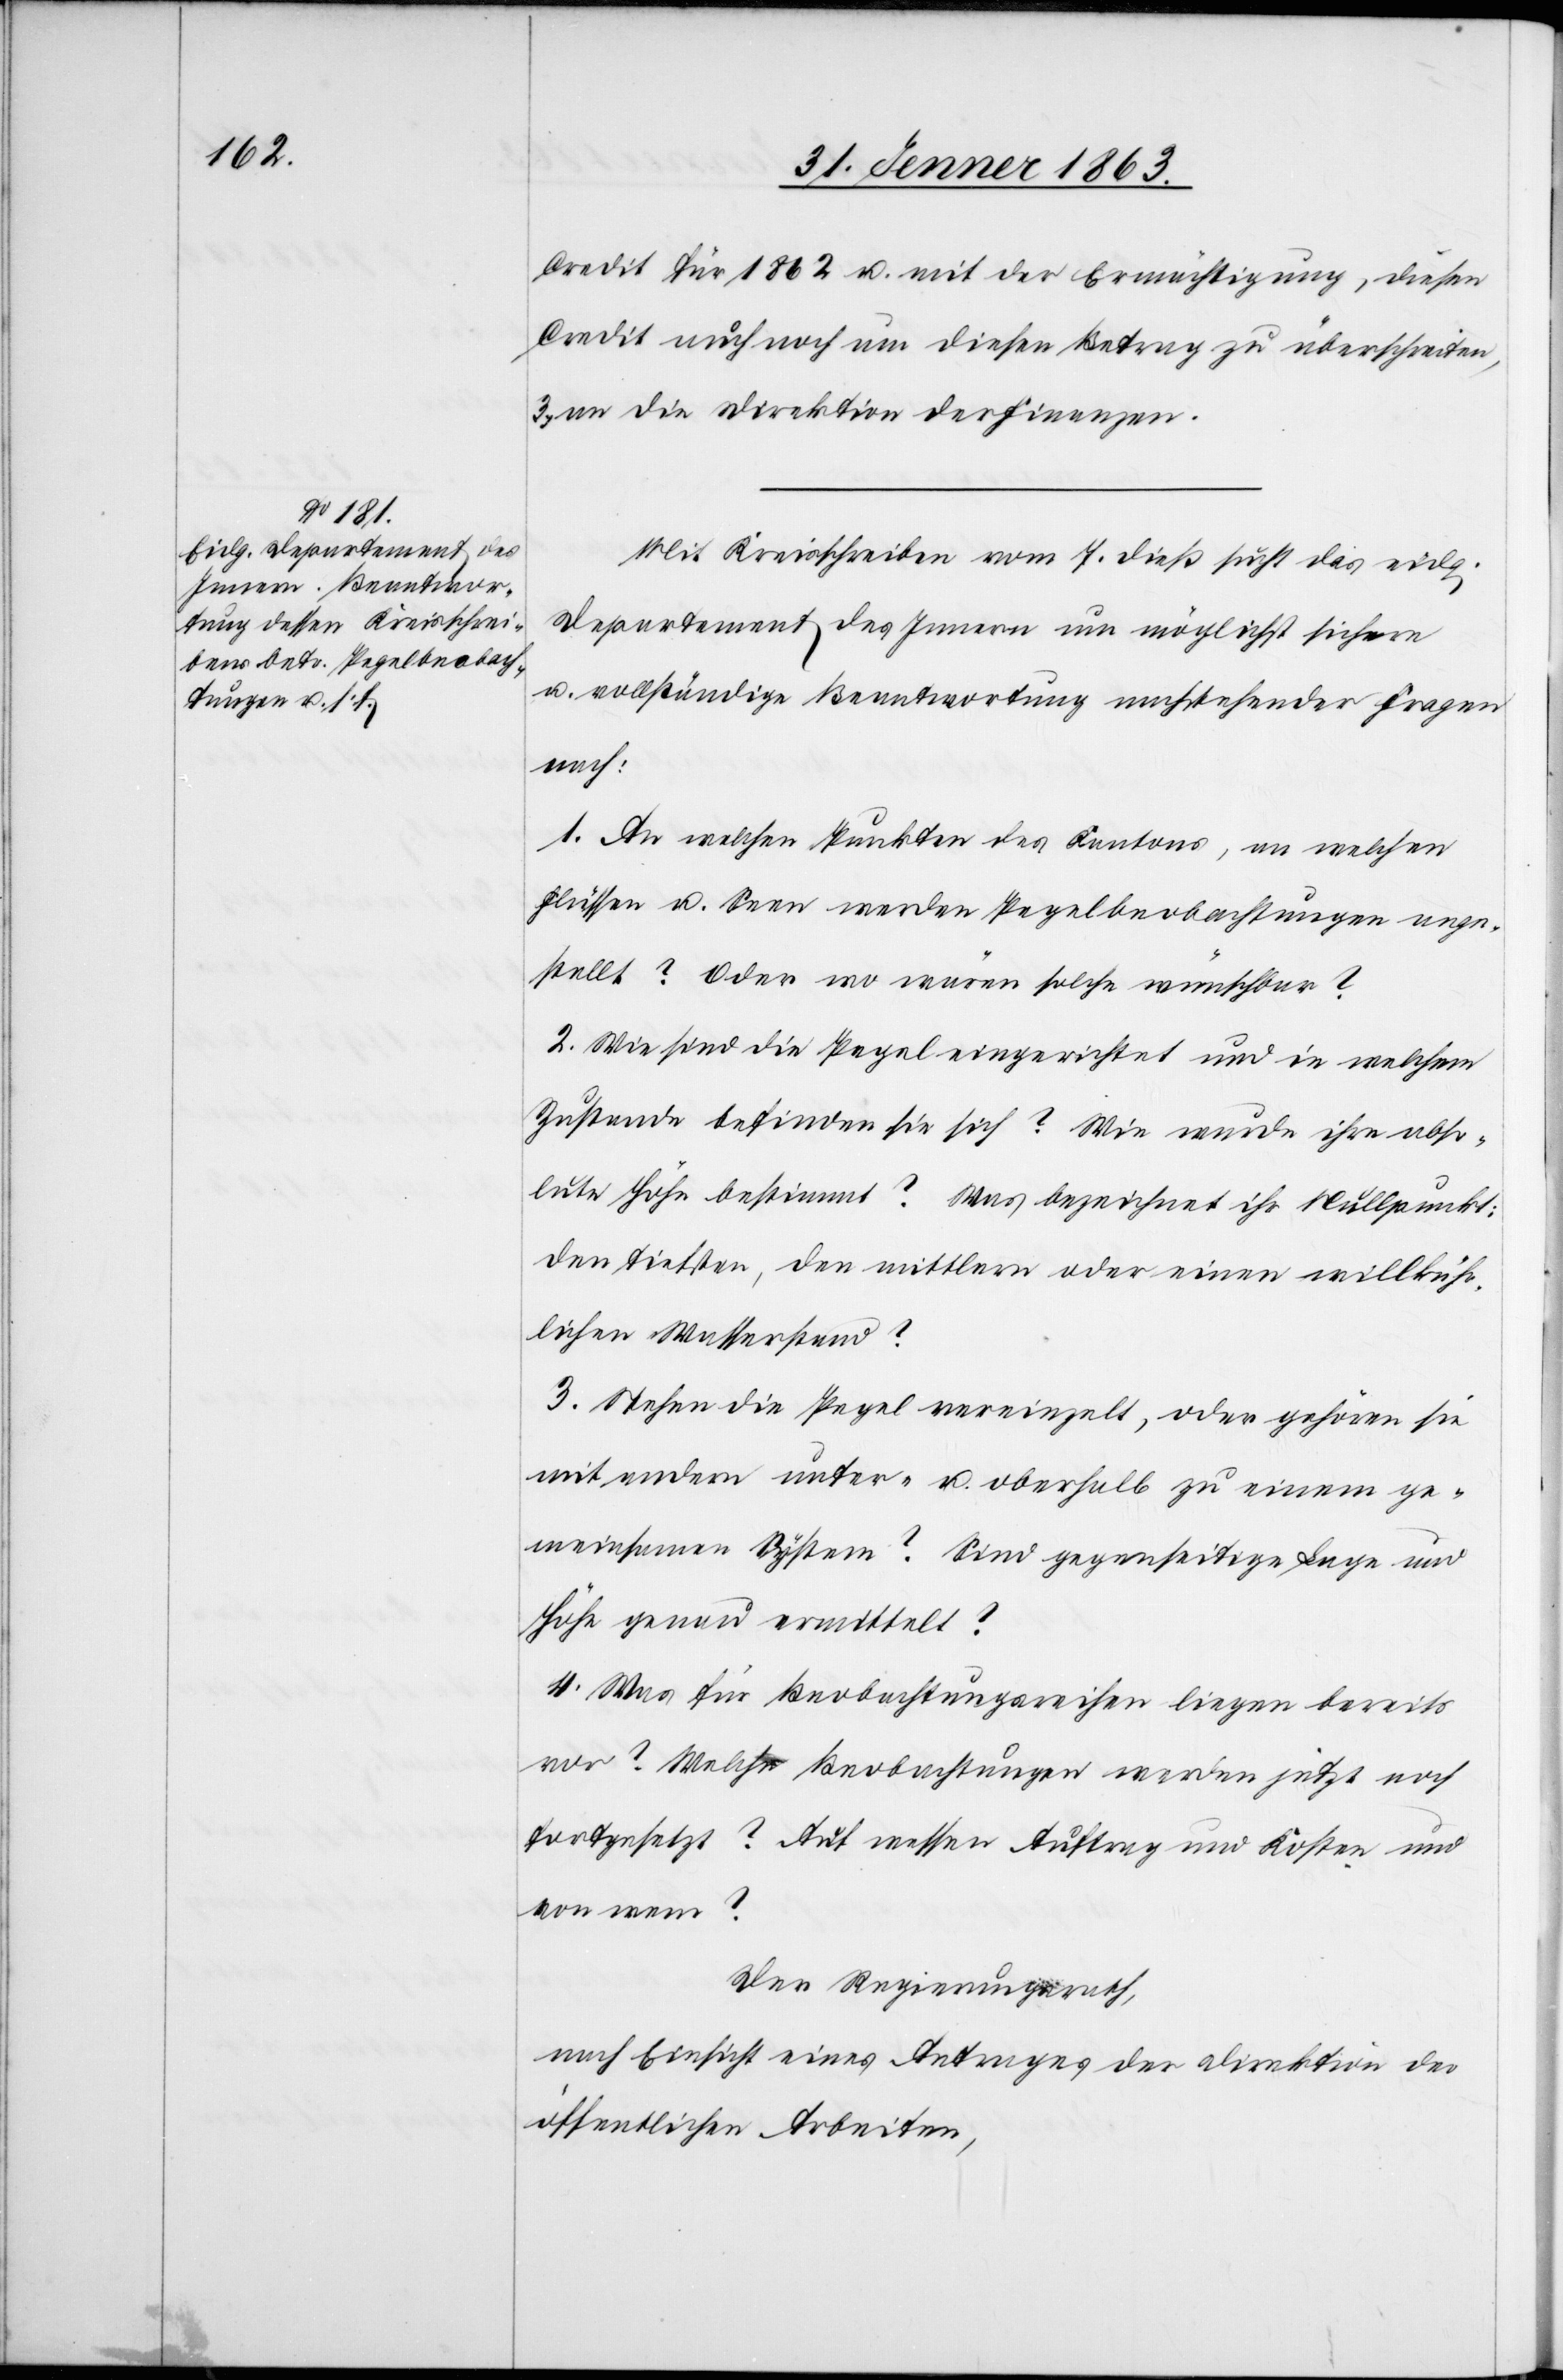
Credit für 1862 u. mit der Ermächtigung, diesen
Credit auch noch um diesen Betrag zu überschreiten,
3.) an die Direktion der Finanzen.
Mit Kreisschreiben vom 7. dieß sucht das eidg.
Departement des Innern um möglichst sichere
u. vollständige Beantwortung nachstehender Fragen
nach:
1. An welchen Punkten des Kantons, an welchen
Flüssen u. Seen werden Pegelbeobachtungen ange¬
stellt? Oder wo wären solche wünschbar?
2. Wie sind die Pegel eingerichtet und in welchem
Zustande befinden sie sich? Wie wurde ihre abso¬
lute Höhe bestimmt? Was bezeichnet ihr Nullpunkt:
den tiefsten, den mittlern oder einen willkühr¬
lichen Wasserstand?
3. Stehen die Pegel vereinzelt, oder gehören sie
mit andern unter- u. oberhalb zu einem ge¬
meinsamen System? Sind gegenseitige Lage und
Höhe genau ermittelt?
4. Was für Beobachtungsreihen liegen bereits
vor? Welche Beobachtungen werden jetzt noch
fortgesetzt? Auf wessen Auftrag und Kosten und
von wem?
Der Regierungsrath,
nach Einsicht eines Antrages der Direktion der
öffentlichen Arbeiten,